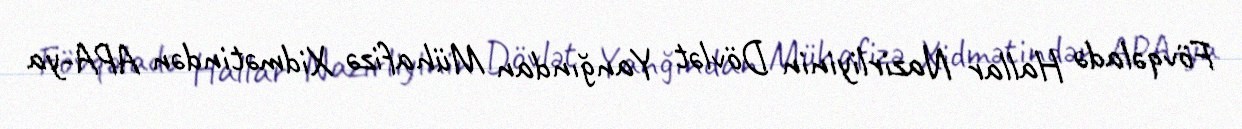
Fövqəladə Hallar Nazirliyinin Dövlət Yanğından Mühafizə Xidmətindən APA-ya